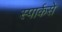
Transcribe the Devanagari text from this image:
स्पार्कसे